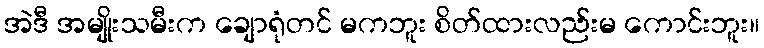
အဲဒီ အမျိုးသမီးက ချောရုံတင် မကဘူး စိတ်ထားလည်းမ ကောင်းဘူး။